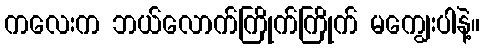
ကလေးက ဘယ်လောက်ကြိုက်ကြိုက် မကျွေးပါနဲ့။